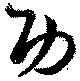
功